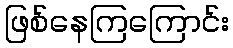
ဖြစ်နေကြကြောင်း